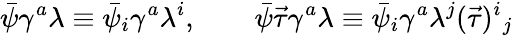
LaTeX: \bar{\psi}\gamma^{a}\lambda\equiv\bar{\psi}_{i}\gamma^{a}\lambda^{i},\qquad\bar{\psi}\vec{\tau}\gamma^{a}\lambda\equiv\bar{\psi}_{i}\gamma^{a}\lambda^{j}(\vec{\tau})^{i}{}_{j}